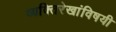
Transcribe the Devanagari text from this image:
व्यक्तिरेखांविषयी